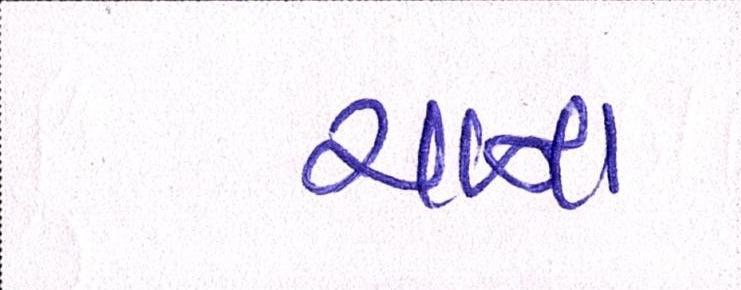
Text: ચાના